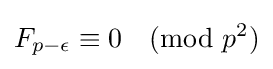
F_{p-\epsilon }\equiv 0{\pmod {p^{2}}}